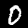
Digit: 0